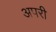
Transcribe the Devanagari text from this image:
अपरी